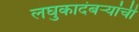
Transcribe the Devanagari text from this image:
लघुकादंबऱ्यांची